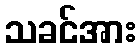
သခင်အား